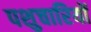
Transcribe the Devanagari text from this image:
पशुचारियों